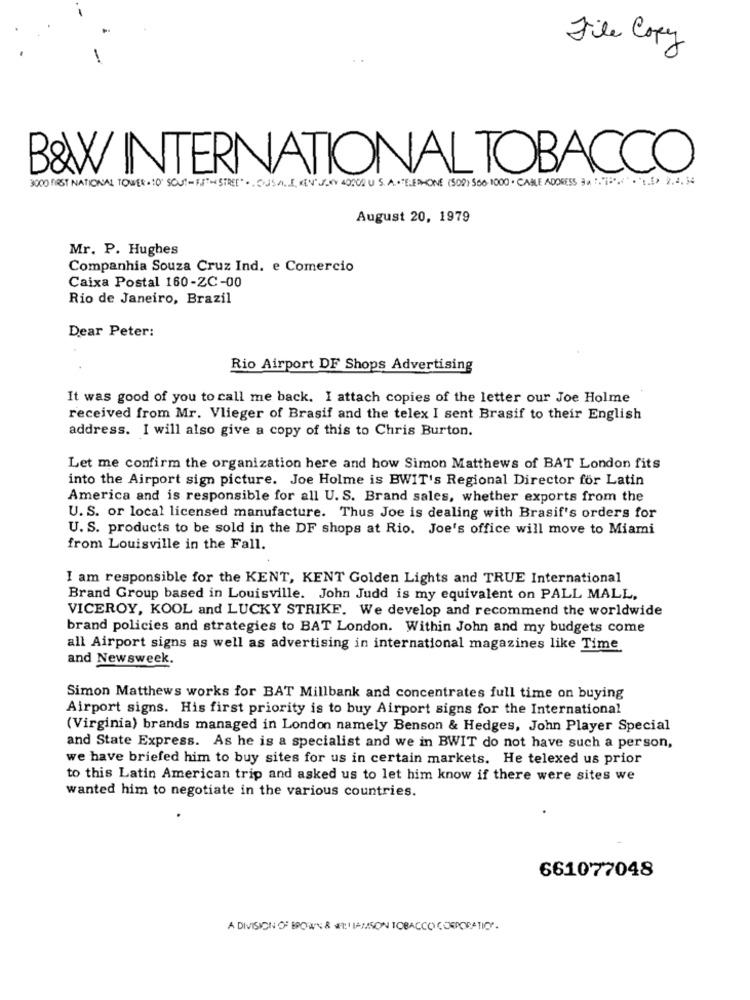
File Copy
B&X/ INTERNATIONAL TOBACCO
3000 FIRST NATIONAL TOWER. : 0'SCUT-FIT-STRET". SUSMIE KIN JEV 40000 USATELEPHONE(502) 500-1000 CABLE ADDRESS
August 20, 1979
Mr. P. Hughes
Companhia Souza Cruz Ind. e Comercio
Caixa Postal 160-ZC-00
Rio de Janeiro, Brazil
Dear Peter:
Rio Airport DF Shops Advertising
It was good of you to call me back. I attach copies of the letter our Joe Holme
received from Mr. Vlieger of Brasif and the telex I sent Brasif to their English
address. I will also give a copy of this to Chris Burton.
Let me confirm the organization here and how Simon Matthews of BAT London fits
into the Airport sign picture. Joe Holme is BWIT's Regional Director for Latin
America and is responsible for all U. S. Brand sales, whether exports from the
U. S. or local licensed manufacture. Thus Joe is dealing with Brasif's orders for
U. S. products to be sold in the DF shops at Rio. Joe's office will move to Miami
from Louisville in the Fall.
I am responsible for the KENT, KENT Golden Lights and TRUE International
Brand Group based in Louisville. John Judd is my equivalent on PALL MALL,
VICEROY, KOOL and LUCKY STRIKE. We develop and recommend the worldwide
brand policies and strategies to BAT London. Within John and my budgets come
all Airport signs as well as advertising in international magazines like Time
and Newsweek.
Simon Matthews works for BAT Millbank and concentrates full time on buying
Airport signs. His first priority is to buy Airport signs for the International
(Virginia) brands managed in London namely Benson & Hedges, John Player Special
and State Express. As he is a specialist and we in BWIT do not have such a person,
we have briefed him to buy sites for us in certain markets. He telexed us prior
to this Latin American trip and asked us to let him know if there were sites we
wanted him to negotiate in the various countries.
661077048
A DIVISION OF BROWN & IAMAISON TOBACCO CORPORATION